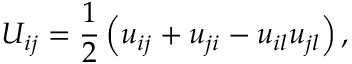
U _ { i j } = \frac { 1 } { 2 } \left( u _ { i j } + u _ { j i } - u _ { i l } u _ { j l } \right) ,